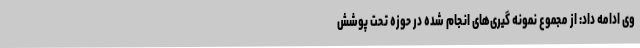
وی ادامه داد: از مجموع نمونه گیری‌های انجام شده در حوزه تحت پوشش